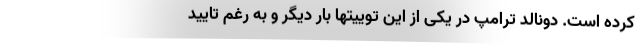
کرده است. دونالد ترامپ در یکی از این توییتها بار دیگر و به رغم تایید